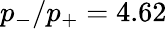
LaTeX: p_{-}/p_{+}=4.62